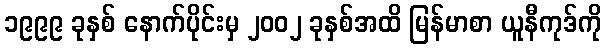
၁၉၉၉ ခုနှစ် နောက်ပိုင်းမှ ၂၀၀၂ ခုနှစ်အထိ မြန်မာစာ ယူနီကုဒ်ကို